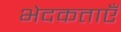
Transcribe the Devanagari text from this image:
भेदकताएँ